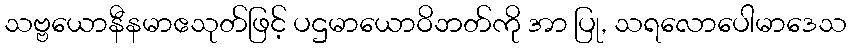
သဗ္ဗယောနီနမာဧသုတ်ဖြင့် ပဌမာယောဝိဘတ်ကို အာ ပြု, သရလောပေါမာဒေသ